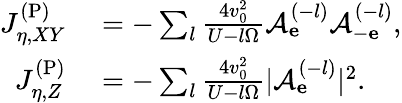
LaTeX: \begin{array}{rl}{J_{\eta,XY}^{\mathrm{(P)}}}&{{}=-\sum_{l}\frac{4v_{0}^{2}}{U-l\Omega}\mathcal{A}_{\mathbf e}^{(-l)}\mathcal{A}_{-\mathbf e}^{(-l)},}\\ {J_{\eta,Z}^{\mathrm{(P)}}}&{{}=-\sum_{l}\frac{4v_{0}^{2}}{U-l\Omega}|\mathcal{A}_{\mathbf e}^{(-l)}|^{2}.}\end{array}